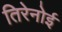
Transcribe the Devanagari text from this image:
तिरेनोई